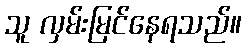
သူ လှမ်းမြင်နေရသည်။